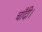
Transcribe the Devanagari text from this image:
चाँदी।